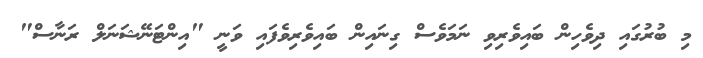
މި ބުރުގައި ދިވެހިން ބައިވެރިވި ނަމަވެސް ގިނައިން ބައިވެރިވެފައި ވަނީ "އިންޓަނޭޝަނަލް ރަނާސް"